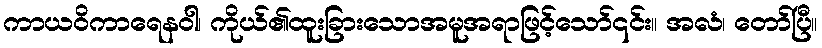
ကာယဝိကာရေနဝါ၊ ကိုယ်၏ထူးခြားသောအမူအရာဖြင့်သော်၎င်း။ အလံ၊ တော်ပြီ။